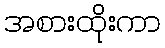
အစားထိုးကာ